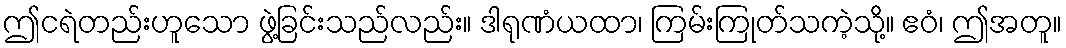
ဤငရဲတည်းဟူသော ဖွဲ့ခြင်းသည်လည်း။ ဒါရုဏံယထာ၊ ကြမ်းကြုတ်သကဲ့သို့။ ဧဝံ၊ ဤအတူ။